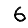
Digit: 6